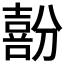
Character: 𱔳